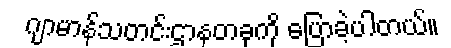
ဂျာမာန်သတင်းဌာနတခုကို ပြောခဲ့ပါတယ်။